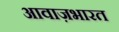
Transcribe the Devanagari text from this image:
आवाज़भारत